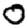
Digit: 0